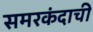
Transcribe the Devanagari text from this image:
समरकंदाची